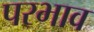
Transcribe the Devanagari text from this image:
परभाव